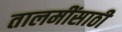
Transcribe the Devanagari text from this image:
तालमींसाठी